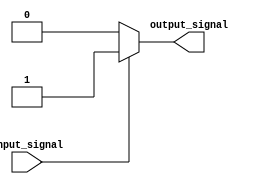
module conditional_statement(
    input wire input_signal,
    output reg output_signal
);

initial begin
    if (input_signal == 1) begin
        output_signal = 1;
    end else begin
        output_signal = 0;
    end
end

endmodule